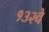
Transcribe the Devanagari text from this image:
१३२वे